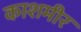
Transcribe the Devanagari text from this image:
काशमीर